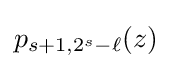
p_{s+1,2^{s}-\ell }(z)